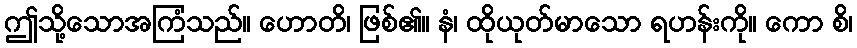
ဤသို့သောအကြံသည်။ ဟောတိ၊ ဖြစ်၏။ နံ၊ ထိုယုတ်မာသော ရဟန်းကို။ ကော စိ၊